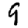
Digit: 9